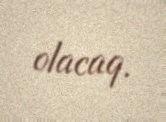
olacaq.